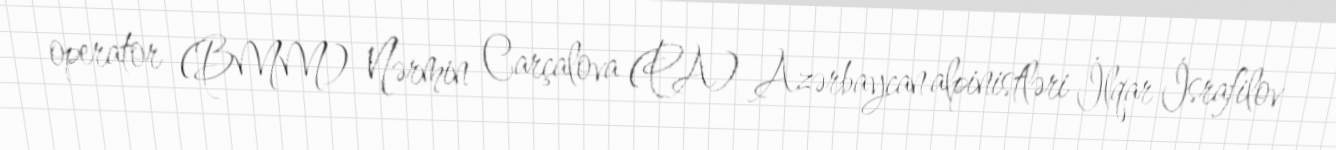
operator (BMM) Nərmin Carçalova (PA) Azərbaycan alpinistləri İlqar İsrafilov